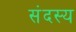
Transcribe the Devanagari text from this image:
संदस्य